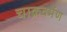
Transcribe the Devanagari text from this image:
चाक्रवर्मण